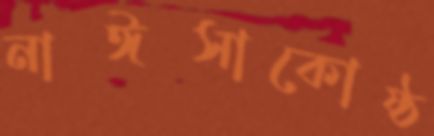
নাঈসাকোষ্ঠ